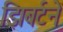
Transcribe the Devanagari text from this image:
झिबर्टने